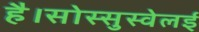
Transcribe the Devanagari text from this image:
है।सोस्सुस्वेलई